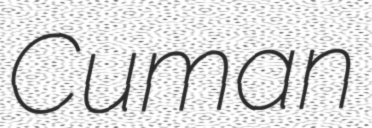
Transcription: Cuman